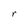
Character: r